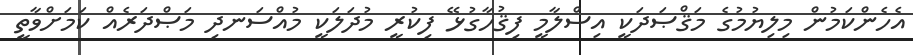
އެހެންކަމުން މިލިޔުމުގެ މަޤްޞަދަކީ އިސްލާމީ ފިޤުހާގުޅޭ ފިކުރީ މުދަލަކީ މުއްސަނދި މަޞްދަރެއް ކަމަށްވާތީ